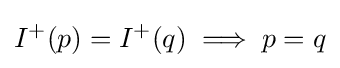
I^{+}(p)=I^{+}(q)\implies p=q